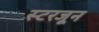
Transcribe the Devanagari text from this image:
स्टरजून